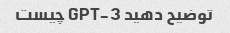
توضیح دهید GPT-3 چیست